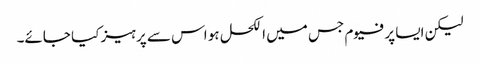
لیکن ایسا پرفیوم جس میں الکحل ہو اس سے پرہیز کیا جائے۔